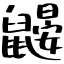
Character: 鼹